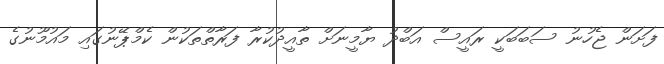
ފަށަން ޖެހުނު ސަބަބަކީ ރައީސް އަބްދު ޔާމީނަށް ތާއީދުކުރާ ފަރާތްތަކުން ކެމްޕޭނުގައި މައުމޫނުގެ